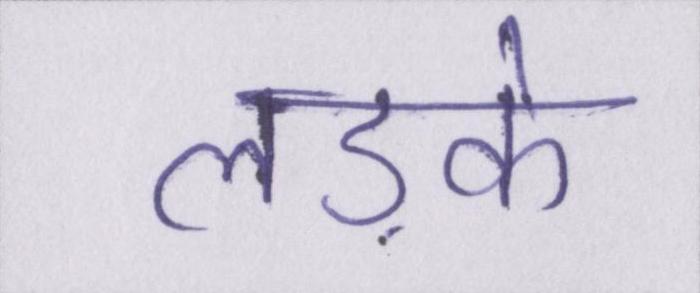
लड़के